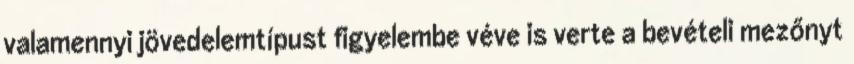
valamennyi jövedelemtípust figyelembe véve is verte a bevételi mezőnyt